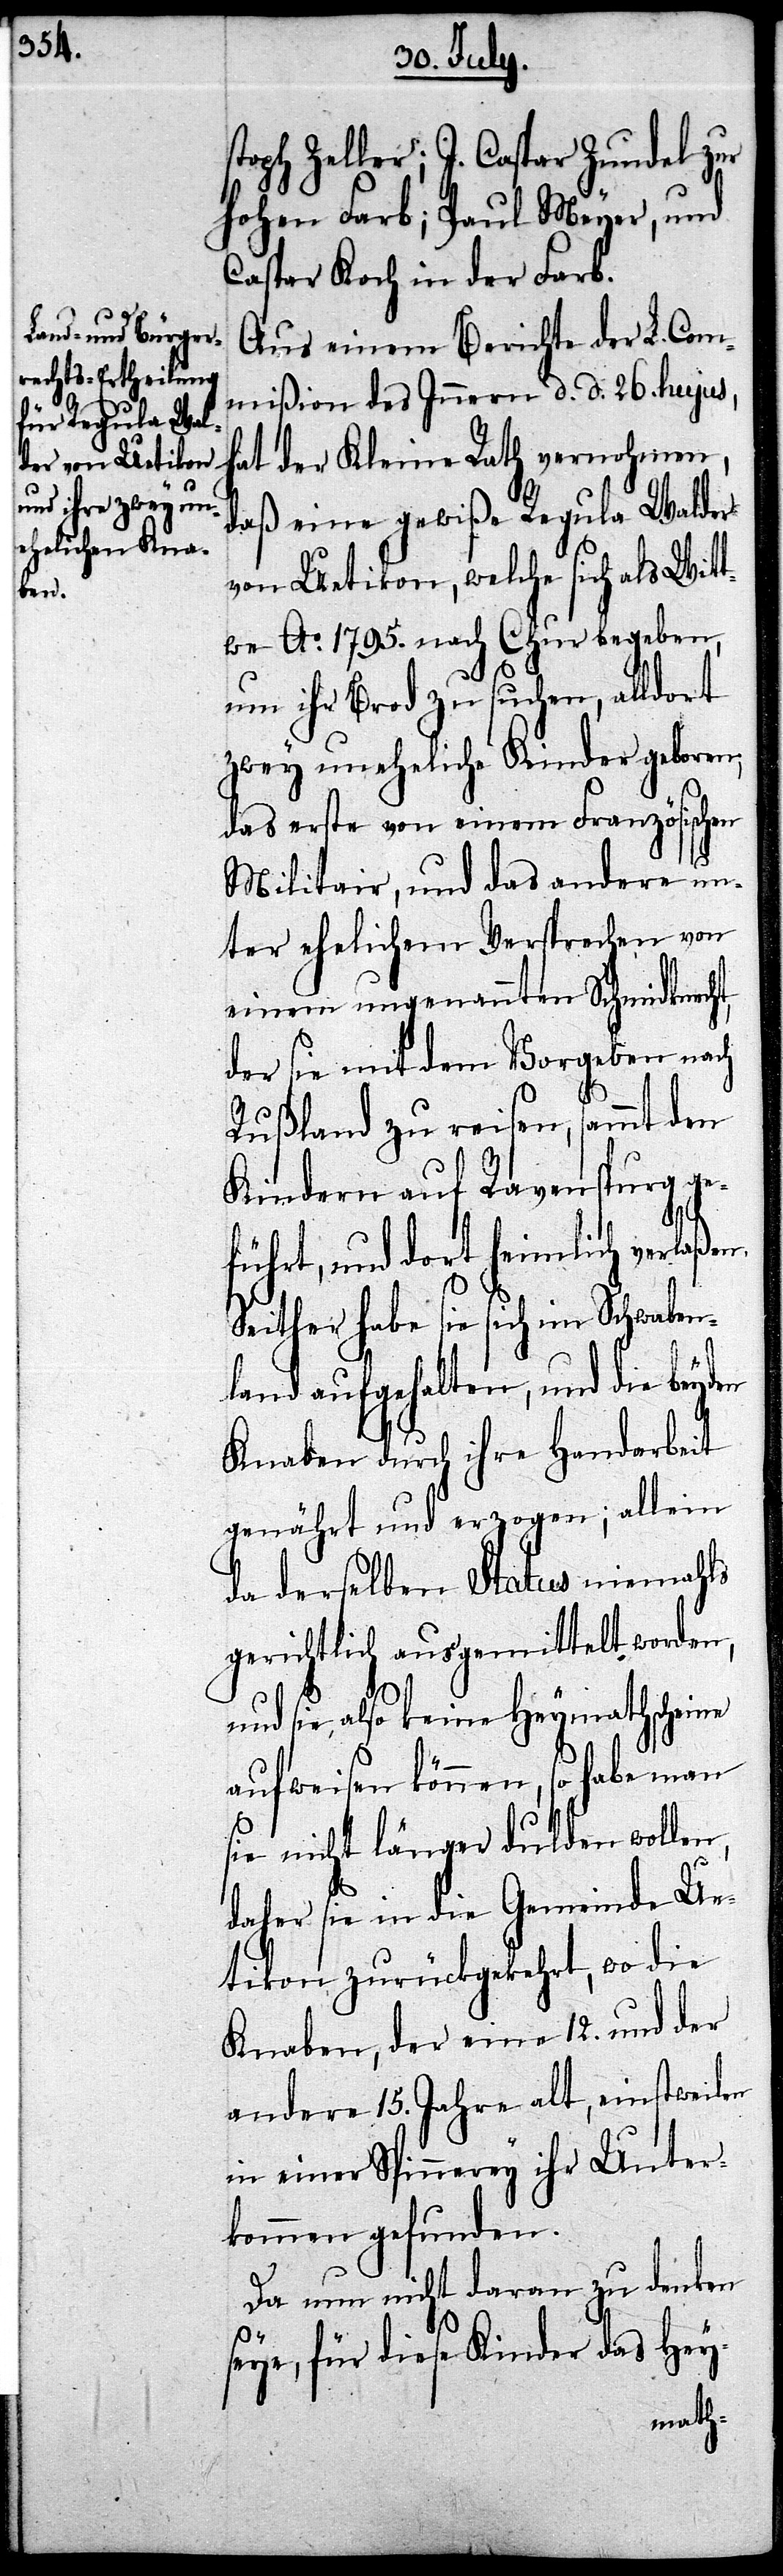
stoph Zeller; J. Caspar Zundel zur
hohen Farb; Paul Meyer, und
Caspar Koch in der Farb.
Aus einem Berichte der L. Com¬
mißion des Innern d. d. 26. hujus,
hat der Kleine Rath vernohmen,
daß eine gewiße Regula Walder
von Uetikon, welche sich als Witt¬
we Ao. 1795. nach Chur begeben,
um ihr Brod zu suchen, alldort
zwey uneheliche Kinder geboren,
das erste von einem Französischen
Militair, und das andere un¬
ter ehelichem Versprechen von
imlich
einem ungenannten
der sie mit dem Vor¬
den
Rußlang zu reise¬
Sch¬
Kindern auf Ra¬
verlaßen.
ührt, und dort he¬
waben¬
Seither habe sie sich
land aufgehalten, und die bey¬
Knaben durch ihre Handarbeit
genährt und erzogen; allein
da derselben Status niemahls
gerichtlich ausgemittelt worden,
und sie also keine Heymathscheine
aufweisen können, so habe man
sie nicht länger dulden wollen,
daher sie in die Gemeinde Ue¬
tikon zurückgekehrt, wo die
Knaben, der eine 12. und der
andere 15. Jahre alt, einstweilen
in einer Spinnerey ihr Unter¬
kommen gefunden.
Da nun nicht daran zu denken
seye, für diese Kinder das Hey-
nach